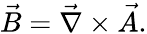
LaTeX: \vec{B}=\vec{\nabla}\times\vec{A}.